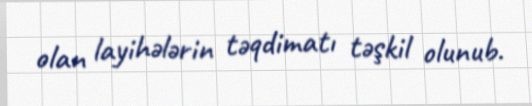
olan layihələrin təqdimatı təşkil olunub.